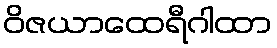
ဝိဇယာထေရီဂါထာ